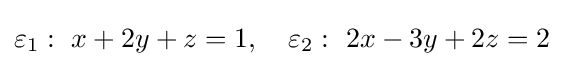
\varepsilon _{1}:\ x+2y+z=1,\quad \varepsilon _{2}:\ 2x-3y+2z=2\